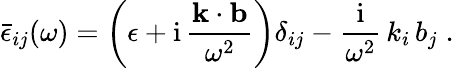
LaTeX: {\bar{\epsilon}}_{ij}(\omega)=\left(\epsilon+\mathrm{i}\, \frac{{\mathbf{k}\cdot\mathbf{b}}}{{\omega}^{2}}\right){\delta}_{ij}-\frac{\mathrm{i}}{{\omega}^{2}}\, k_{i}\, b_{j}\; .